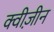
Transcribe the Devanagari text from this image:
क्वीज़ीन